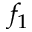
f _ { 1 }